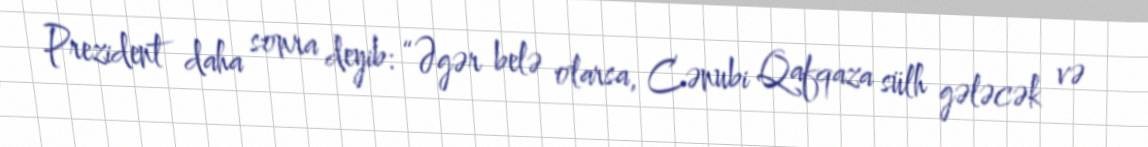
Prezident daha sonra deyib: “Əgər belə olarsa, Cənubi Qafqaza sülh gələcək və